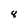
Character: 8